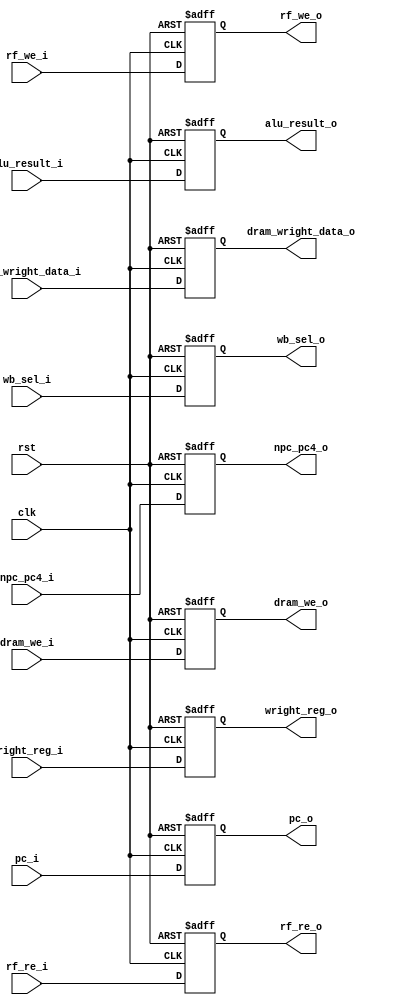



module exe_mem_reg(
    input clk,
    input rst,
    input [1:0] wb_sel_i,
    input [31:0] alu_result_i,
    input [31:0] npc_pc4_i,
    input [4:0] wright_reg_i,
    input dram_we_i,
    input [31:0] dram_wright_data_i,
    input rf_we_i,
    input rf_re_i,
    input [31:0] pc_i,
    
    output reg [1:0] wb_sel_o,
    output reg [31:0] alu_result_o,
    output reg [31:0] npc_pc4_o,
    output reg [4:0] wright_reg_o,
    output reg dram_we_o,
    output reg [31:0] dram_wright_data_o,
    output reg rf_we_o,
    output reg rf_re_o,
    output reg [31:0] pc_o
    );
    always @(posedge clk or negedge rst) begin
        if(rst==0) wb_sel_o<=2'b0;
        else wb_sel_o<=wb_sel_i;
    end

    always @(posedge clk or negedge rst) begin
        if(rst==0) alu_result_o<=32'b0;
        else alu_result_o<=alu_result_i;
    end

    always @(posedge clk or negedge rst) begin
        if(rst==0) npc_pc4_o<=32'b0;
        else npc_pc4_o<=npc_pc4_i;
    end

    always @(posedge clk or negedge rst) begin
        if(rst==0) wright_reg_o<=4'b0;
        else wright_reg_o<=wright_reg_i;
    end

    always @(posedge clk or negedge rst) begin
        if(rst==0) dram_we_o<=1'b0;
        else dram_we_o<=dram_we_i;
    end

    always @(posedge clk or negedge rst) begin
        if(rst==0) dram_wright_data_o<=32'b0;
        else dram_wright_data_o<=dram_wright_data_i;
    end

    always @(posedge clk or negedge rst) begin
        if(rst==0) rf_we_o<=1'b0;
        else rf_we_o<=rf_we_i;
    end

    always @(posedge clk or negedge rst) begin
        if(rst==0) rf_re_o<=1'b0;
        else rf_re_o<=rf_re_i;
    end
    
    always @(posedge clk or negedge rst) begin
        if(rst==0) pc_o<=32'b0;
        else pc_o<=pc_i;
    end
    
endmodule